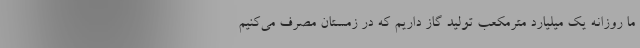
ما روزانه یک میلیارد مترمکعب تولید گاز داریم که در زمستان مصرف می‌کنیم